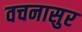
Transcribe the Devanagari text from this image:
वचनासुर